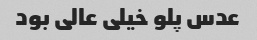
عدس پلو خیلی عالی بود